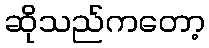
ဆိုသည်ကတော့